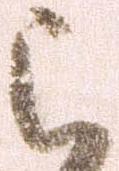
被